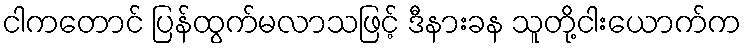
ငါကတောင် ပြန်ထွက်မလာသဖြင့် ဒီနားခန သူတို့ငါးယောက်က